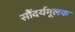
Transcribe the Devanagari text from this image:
सौंदर्यमूलक